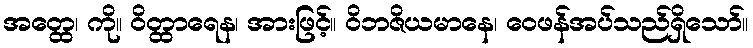
အတ္ထေ၊ ကို။ ဝိတ္ထာရေန၊ အားဖြင့်။ ဝိဘဇိယမာနေ၊ ဝေဖန်အပ်သည်ရှိသော်။